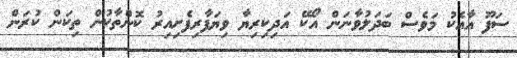
ސަފޫ އާއެކު މަވެސް ބަދަލުވާނަން އޯކޭ އަދިކިރިޔާ ވިޔަފާރިފެށިއިރު ކޮންތާކުން ތިކަން ކުރަން